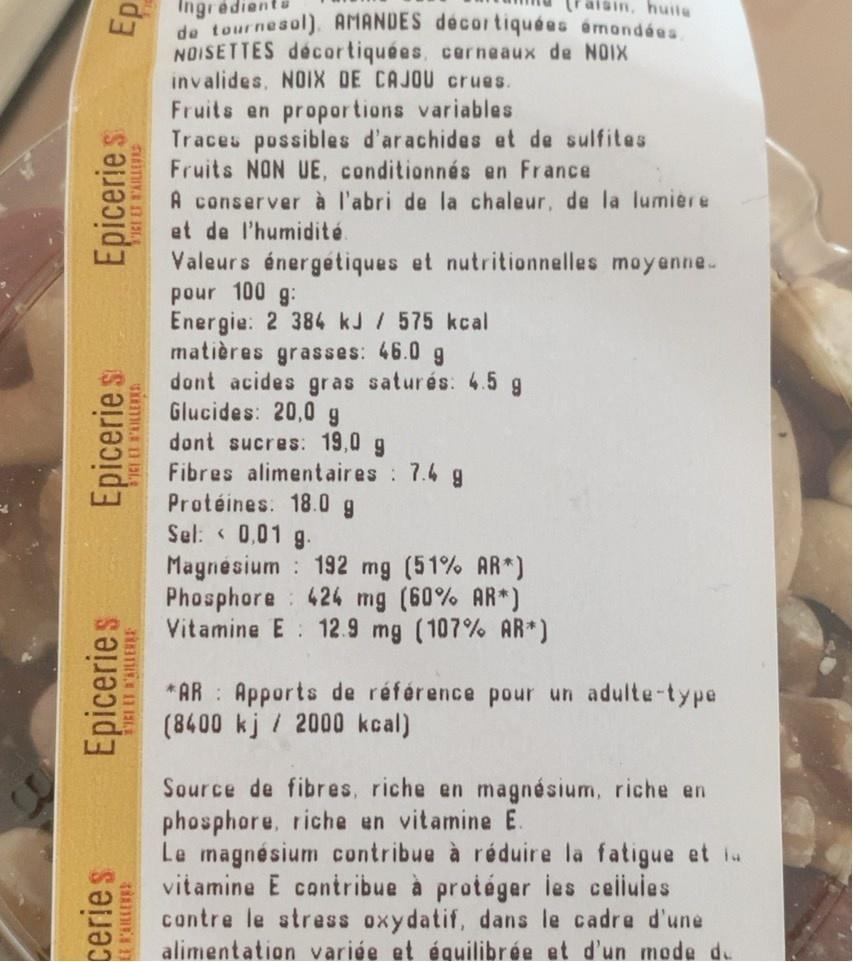
Ingredientu de tournesol). AMANDES décortiquées émondées NOISETTES décortiquées, cerneaux de NOIX invalides, NOIX DE CAJOU crues. Fruits en proportions variables Traces possibles d'arachides et de sulfites Fruits NON UE, conditionnés en Fr ance A conserver à l'abri de la chaleur, de la lumiere et de l'humidité.
alsin, huite
Valeurs énergétiques et nutritionnelles moyanne. pour 100 g: Energie: 2 384 kJ / 575 kcal matières grasses: 46.0 g dont acides gras saturés: 4.5 g Glucides: 20,0g dont sucres: 19,0 g Fibres alimentaires 7.4 g Protéines: 18.0 g Sel: < 0,01 g. Magnésium 192 mg (51% AR*) Phosphore 424 mg (60% AR*) Vitamine E 12.9 mg (107% AR*)
*AR : Apports de référence pour un adulte-type (8400 kj / 2000 kcal)
Source de fibres, riche en magnésium, riche en phosphore, riche en vitamine E. Le magnésium contribue à réduire la fatigue et i vitamine E contribue à protéger les celluies contre le stress oxydatif, dans le cadre d'une alimentation variée et équilibrée et d'un mode du
ceries E AILLERE
Epiceries
Epicerie s
Epicerie s
C1 ET FAILLES